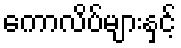
ကောလိပ်များနှင့်